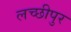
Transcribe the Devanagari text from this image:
लच्छीपुर